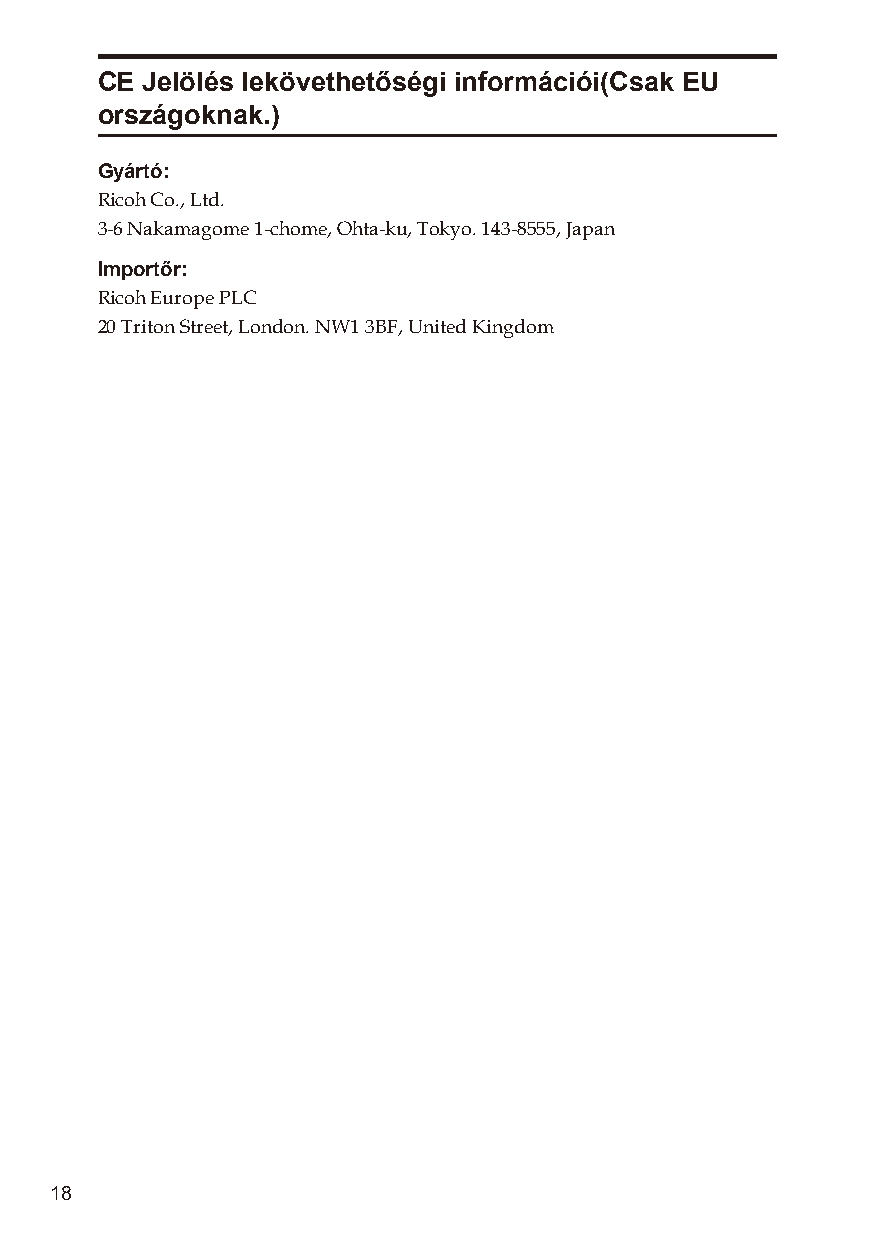
CE Jelölés lekövethetőségi információi(Csak EU
 országoknak.)
 Gyártó:
 Ricoh Co., Ltd.
 3-6 Nakamagome 1-chome, Ohta-ku, Tokyo. 143-8555, Japan
 Importőr:
 Ricoh Europe PLC
 20 Triton Street, London. NW1 3BF, United Kingdom
 18